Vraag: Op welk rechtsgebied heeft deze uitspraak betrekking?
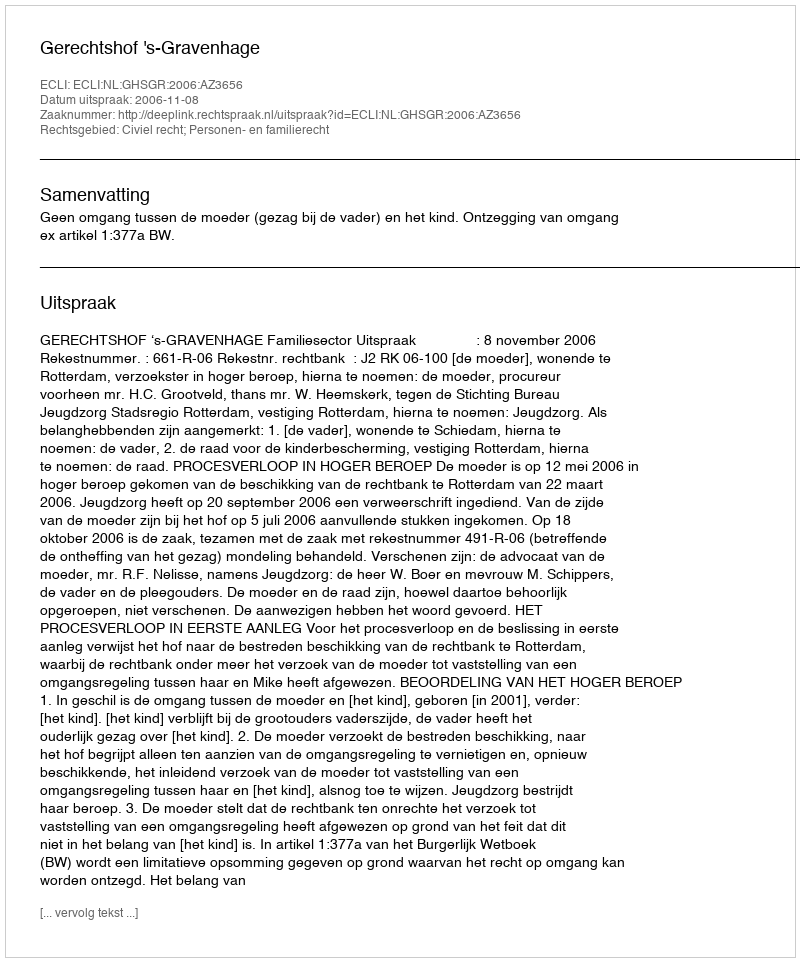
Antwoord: Civiel recht; Personen- en familierecht